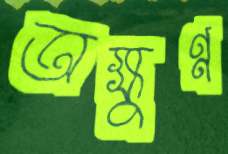
অক্ষুণ্ণ